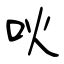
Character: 吙